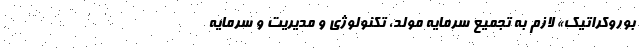
بوروکراتیک» لازم به تجمیع سرمایه مولد، تکنولوژی و مدیریت و سرمایه